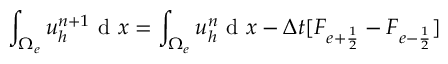
\int _ { \Omega _ { e } } u _ { h } ^ { n + 1 } \textrm { d } x = \int _ { \Omega _ { e } } u _ { h } ^ { n } \textrm { d } x - \Delta t [ F _ { e + \frac { 1 } { 2 } } - F _ { e - \frac { 1 } { 2 } } ]